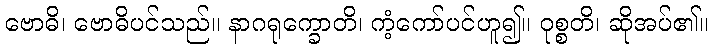
ဗောဓိ၊ ဗောဓိပင်သည်။ နာဂရုက္ခောတိ၊ ကံ့ကော်ပင်ဟူ၍။ ဝုစ္စတိ၊ ဆိုအပ်၏။